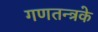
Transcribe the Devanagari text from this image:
गणतन्त्रके